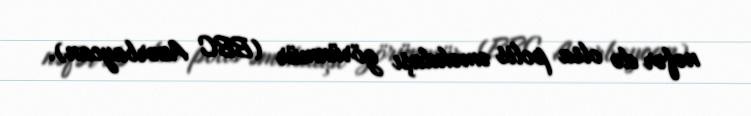
nəfər də olsa polis əməkdaşı görünmür (BBC Azərbaycan).